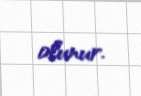
olunur.